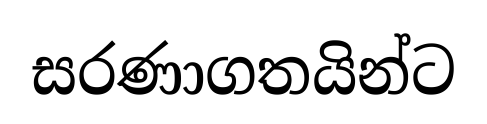
සරණාගතයින්ට